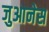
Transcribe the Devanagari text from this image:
जुआनेस